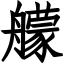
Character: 艨